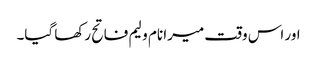
اور اس وقت میرا نام ولیم فاتح رکھا گیا۔